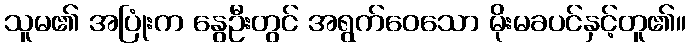
သူမ၏ အပြုံးက နွေဦးတွင် အရွက်ဝေသော မိုးမခပင်နှင့်တူ၏။